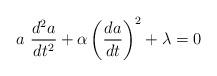
LaTeX: \begin{align*}a\ \frac{d^2a}{dt^2}+\alpha \left(\frac{da}{dt}\right)^2+\lambda =0\end{align*}